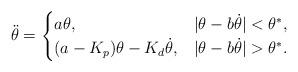
LaTeX: \begin{align*}\ddot{\theta} = \begin{cases}a \theta, & |\theta - b \dot{\theta}| < \theta^*, \\(a - K_p) \theta - K_d \dot{\theta}, & |\theta - b \dot{\theta}| > \theta^*.\end{cases}\end{align*}